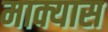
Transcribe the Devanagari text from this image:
माक्यास